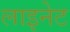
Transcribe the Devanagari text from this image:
लाइनेट